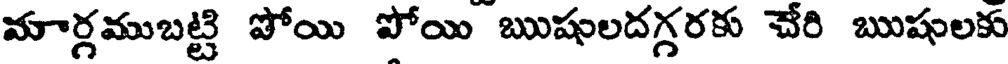
మార్గముబట్టి పోయి పోయి ఋషులదగ్గరకు చేరి ఋషులకు